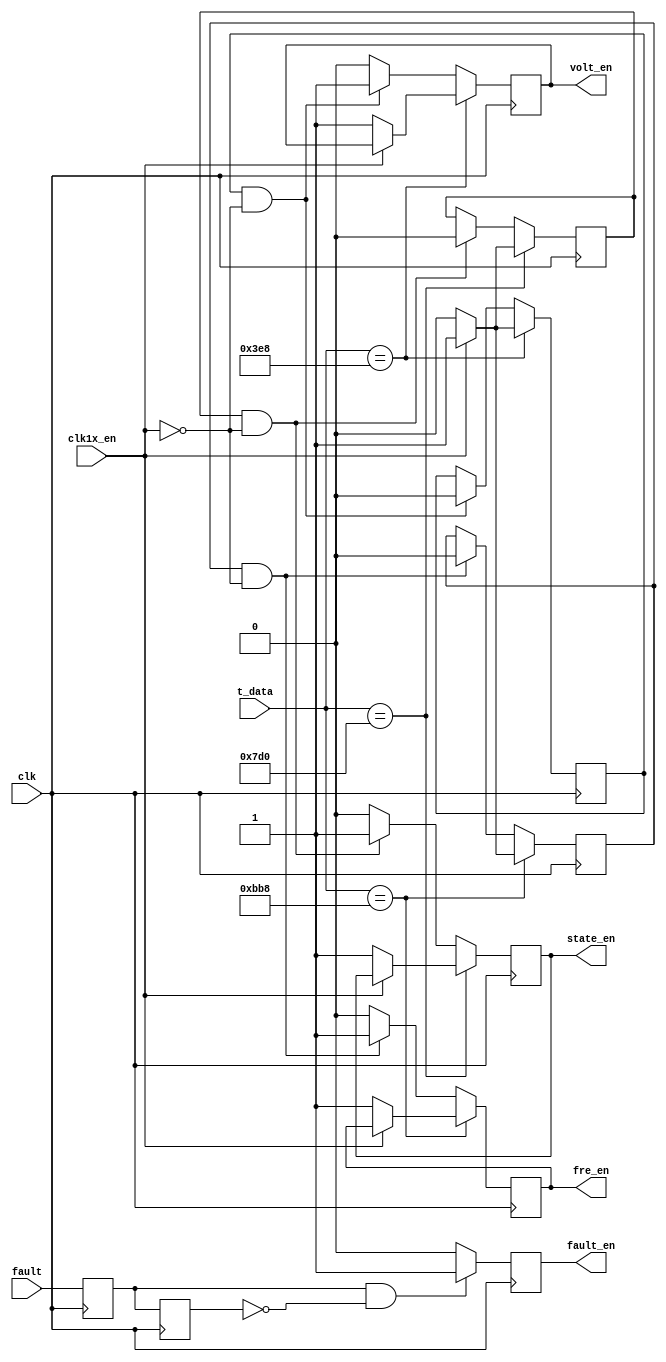
/*====================================================================
up_sign.v

2009-08-12  1.0

====================================================================*/
module up_sign(clk, t_data, clk1x_en, fault,
			fault_en, fre_en, volt_en, state_en);
            
    input	clk;
    input	[15:0]t_data;
    input	clk1x_en;
    input	fault;
    
    output	fault_en, fre_en, volt_en, state_en;
    
    reg		fault_en, fre_en, volt_en, state_en;
    reg		fault_delay1, fault_delay2, fre_en_delay, volt_en_delay, state_en_delay;
    
    initial
    begin
	fault_en = 1'b0;
	fre_en = 1'b0;
	volt_en = 1'b0;
	state_en = 1'b0;
	fault_delay1 = 1'b0;
	fault_delay2 = 1'b0;
	fre_en_delay = 1'b0;
	volt_en_delay = 1'b0;
	state_en_delay = 1'b0;
	end

/*================================================*/
    always@(posedge clk)
    begin
    fault_delay1 <= fault;
    fault_delay2 <= fault_delay1;
    if(fault_delay1 && !fault_delay2)
        fault_en <= 1'b1;
    else
        fault_en <= 1'b0;
    end

/*==========================================*/
    always@(posedge clk)
    begin
    if(t_data == 16'd1000)
        begin
        if(!clk1x_en)
            begin
            volt_en <= 1'b1;
            volt_en_delay <= 1'b0;
            end
        else
            volt_en_delay <= 1'b1;
        end
    else if(volt_en_delay && !clk1x_en)
        begin
        volt_en <= 1'b1;
        volt_en_delay <= 1'b0;
        end
    else
        volt_en <= 1'b0;
    end

/*===============================================*/
    always@(posedge clk)
    begin
    if(t_data == 16'd2000)
        begin
        if(!clk1x_en)
            begin
            state_en <= 1'b1;
            state_en_delay <= 1'b0;
            end
        else
            state_en_delay <= 1'b1;
        end
    else if(state_en_delay && !clk1x_en)
        begin
        state_en <= 1'b1;
        state_en_delay <= 1'b0;
        end
    else
        state_en <= 1'b0;
    end
    
/*==========================================*/
    always@(posedge clk)
    begin
    if(t_data == 16'd3000)
        begin
        if(!clk1x_en)
            begin
            fre_en <= 1'b1;
            fre_en_delay <= 1'b0;
            end
        else
            fre_en_delay <= 1'b1;
        end
    else if(fre_en_delay && !clk1x_en)
        begin
        fre_en <= 1'b1;
        fre_en_delay <= 1'b0;
        end
    else
        fre_en <= 1'b0;
    end
    
endmodule